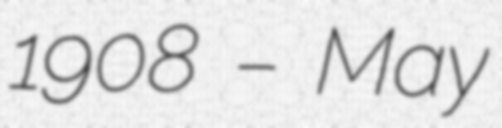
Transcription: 1908 – May